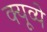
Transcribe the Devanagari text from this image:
क्यूव्ये